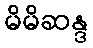
မိမိဆန္ဒ